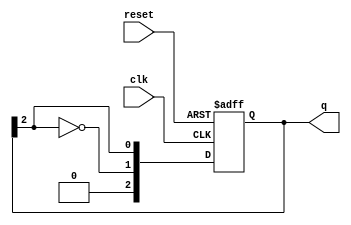
module johnson_counter #(
    parameter N = 3  // Number of flip-flops (can be changed as needed)
) (
    input wire clk,       // Clock signal
    input wire reset,     // Asynchronous reset signal
    output reg [N-1:0] q  // Output state of the counter
);

    // Always block triggered on the rising edge of the clock or reset
    always @(posedge clk or posedge reset) begin
        if (reset) begin
            // Asynchronous reset: set all flip-flops to 0
            q <= 0;
        end else begin
            // Johnson counter logic: shift and invert the last bit
            q <= {~q[N-1], q[N-1:N-1]}; // Shift left and feed inverted last bit
        end
    end

endmodule